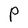
Character: P